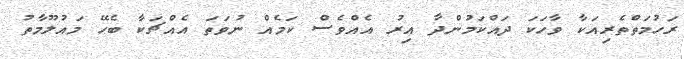
ރަހުމަތްތެރިއަކާ ވާހަކަ ދައްކަމުންދާ އިރު އެއްވެސް ކަމެއް ނުވަތަ އެއްޗަކާ ބެހޭ މައުލޫމާތު